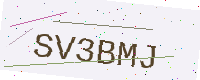
Text: SV3BMJ